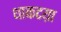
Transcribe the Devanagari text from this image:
धाकटय़ा